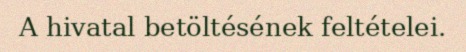
A hivatal betöltésének feltételei.